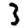
Digit: 3